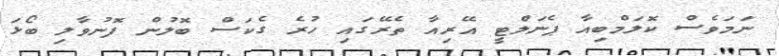
ނަމަވެސް ކޮލަމްބިއާ ޕެނަލްޓީ އޭރިއާ ތެރޭގައި ހުރެ ގެކަސް ބޮލުން ފޮނުވާލި ބޯޅަ